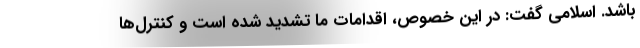
باشد. اسلامی گفت: در این خصوص، اقدامات ما تشدید شده است و کنترل‌ها